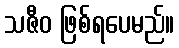
သဇီဝ ဖြစ်ရပေမည်။